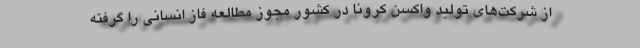
از شرکت‌های تولید واکسن کرونا در کشور مجوز مطالعه فاز انسانی را گرفته